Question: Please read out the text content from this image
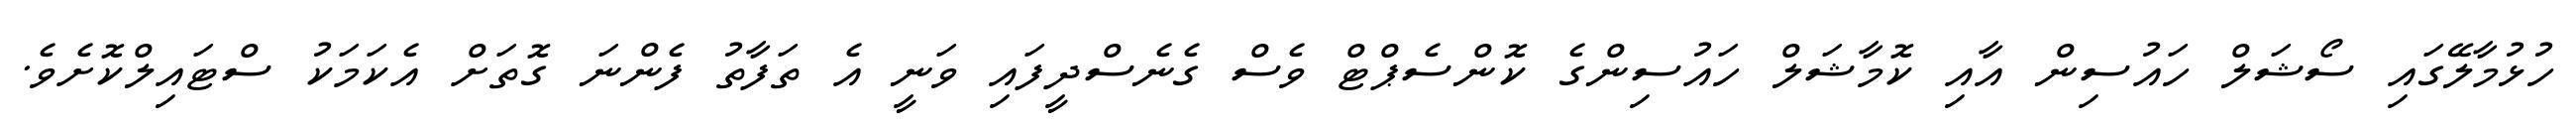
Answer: ހުޅުމާލޭގައި ސޯޝަލް ހައުސިން އާއި ކޮމާޝަލް ހައުސިންގެ ކޮންސެޕްޓް ވެސް ގެނެސްދީފައި ވަނީ އެ ތަފާތު ފެންނަ ގޮތަށް އެކަމަކު ސްޓައިލްކޮށެވެ.